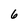
Character: 6